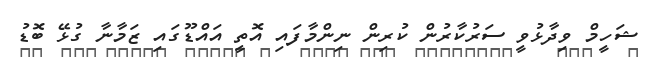
ޝަހީމް ވިދާޅުވީ ސަރުކާރުން ކުރިން ނިންމާފައި އޮތީ އައްޑޫގައި ޒަމާނާ ގުޅޭ ބޮޑު